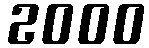
2000